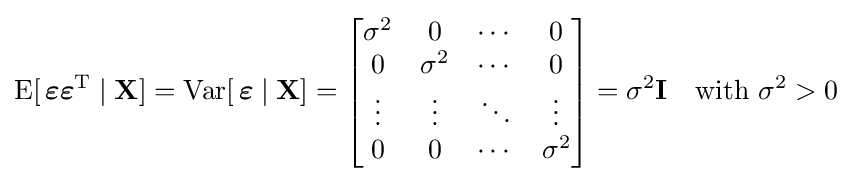
\operatorname {E} [\,{\boldsymbol {\varepsilon }}{\boldsymbol {\varepsilon }}^{\operatorname {T} }\mid \mathbf {X} ]=\operatorname {Var} [\,{\boldsymbol {\varepsilon }}\mid \mathbf {X} ]={\begin{bmatrix}\sigma ^{2}&0&\cdots &0\\0&\sigma ^{2}&\cdots &0\\\vdots &\vdots &\ddots &\vdots \\0&0&\cdots &\sigma ^{2}\end{bmatrix}}=\sigma ^{2}\mathbf {I} \quad {\text{with }}\sigma ^{2}>0